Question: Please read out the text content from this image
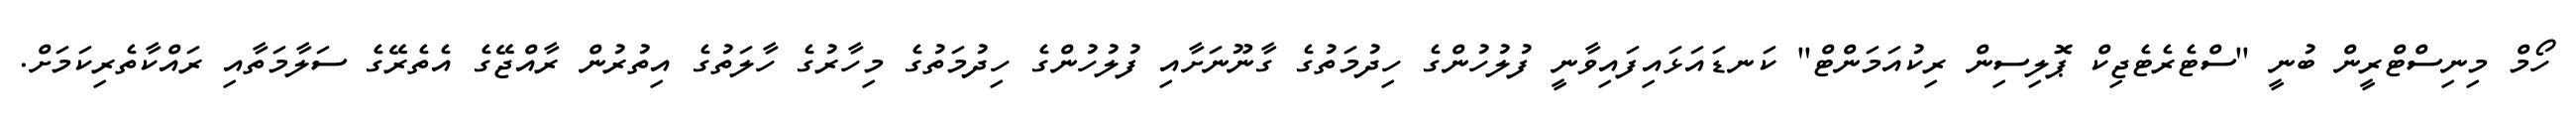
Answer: ހޯމް މިނިސްޓްރީން ބުނީ "ސްޓެރެޓެޖިކް ޕޮލިސިން ރިކުއަމަންޓް" ކަނޑައަޅައިފައިވާނީ ފުލުހުންގެ ހިދުމަތުގެ ގާނޫނަށާއި ފުލުހުންގެ ހިދުމަތުގެ މިހާރުގެ ހާލަތުގެ އިތުރުން ރާއްޖޭގެ އެތެރޭގެ ސަލާމަތާއި ރައްކާތެރިކަމަށް.